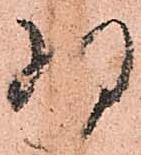
為